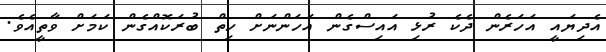
އެދިޔައީ އަހަރެން ދެކެ ރުޅި އައިސްގެން އަހަންނަށް ހިތް ބުރަކޮއްގެން ކަމަށް ވާތީއެވެ.